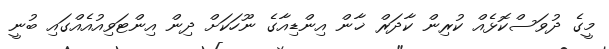
މީގެ ދުވަސްކޮޅެއް ކުރިން ކާދަރް ޚާން އިންޑިއާގެ ނޫހަކަށް ދިން އިންޓަވިއުއެއްގައި ބުނީ